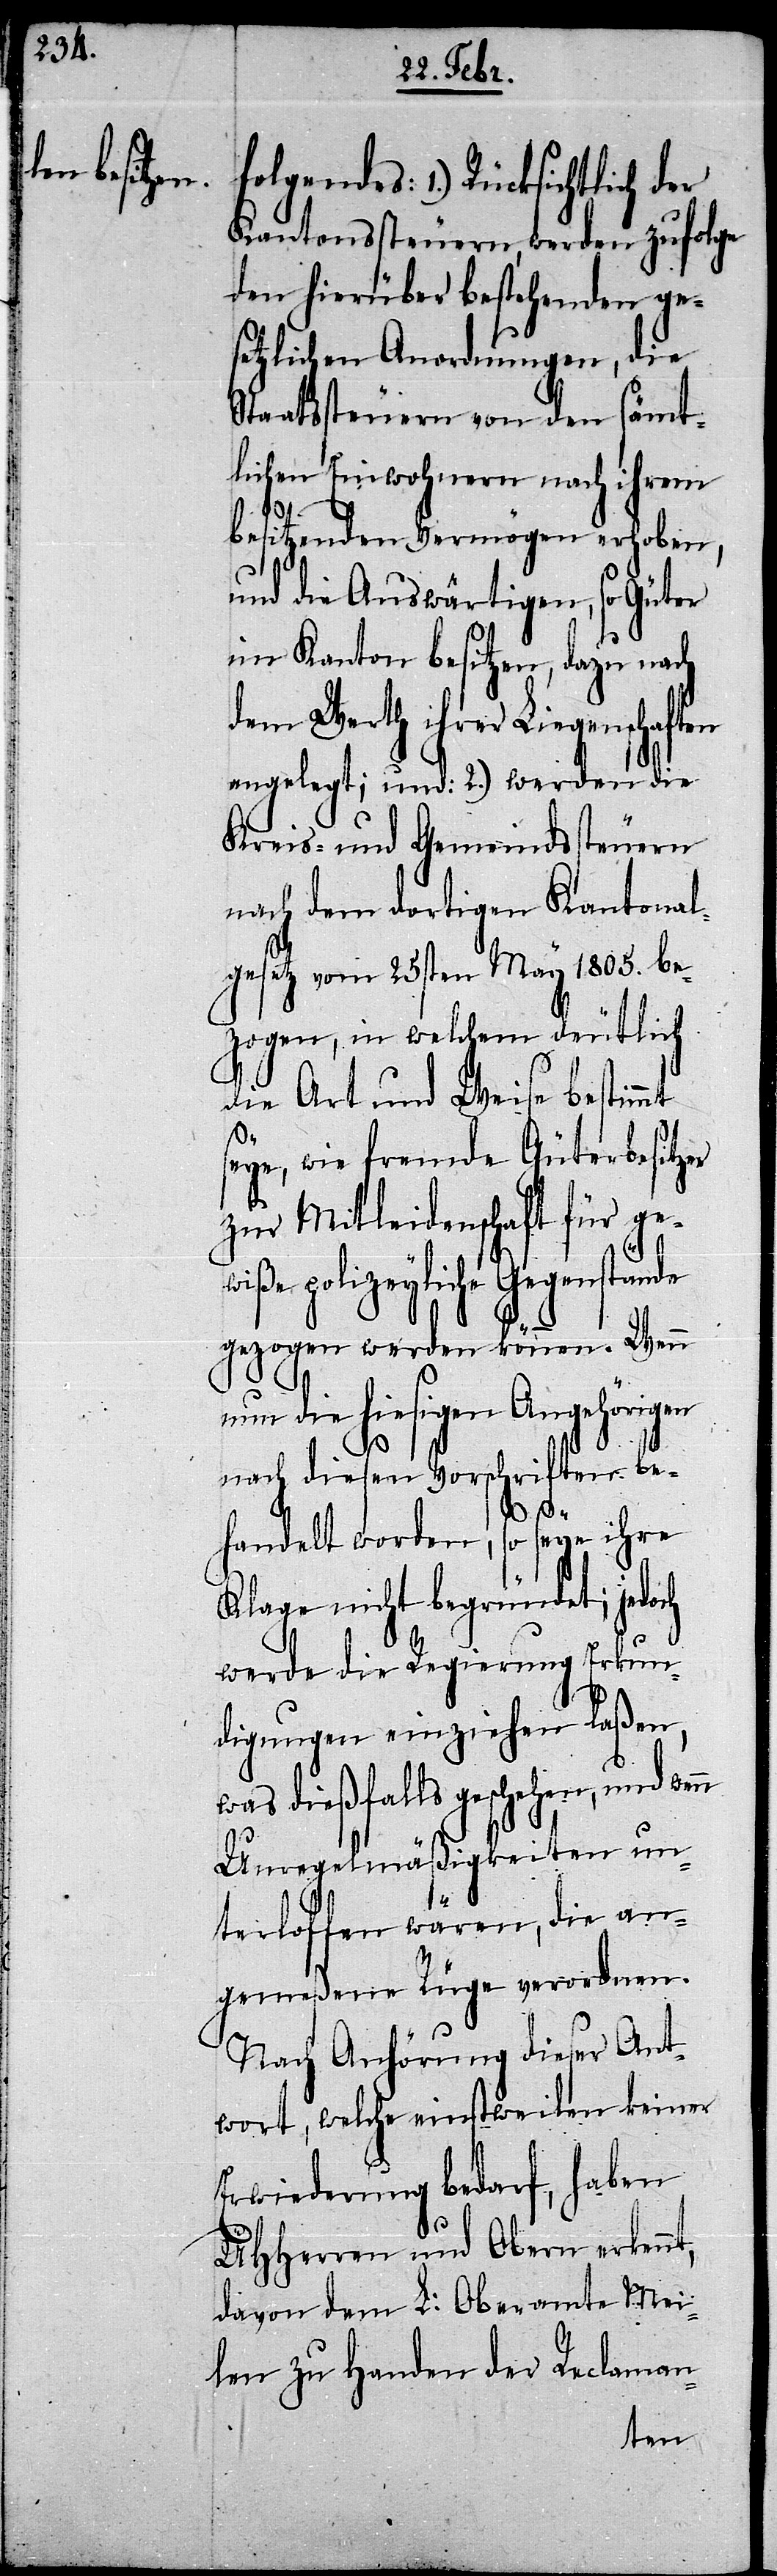
folgendes: 1.) Rücksichtlich der
Kantonssteuern, werden zufolge
den hierüber bestehenden ge¬
setzlichen Anordnungen, die
Staatssteuern von den sämt¬
lichen Einwohnern nach ihrem
besitzenden Vermögen erhoben,
und die Auswärtigen, so [sie]
im Kanton besitzen, dazu nach
dem Werth ihrer Liegenschaften
angelegt; und: 2.) werden die
Kreis- und Gemeindssteuern
nach dem dortigen Kantonal¬
gesetz vom 25sten May 1805. be¬
zogen, in welchem deutlich
die Art und Weise bestim¬
seye, wie fremde Güterbesitzer
zur Mitleidenschaft für ge¬
e polizeyliche Gegenstä¬
nde gezogen werden können. Wenn
nun die hiesigen Angehörigen
nach diesen Vorschriften be¬
wiß¬
handelt worden, so seye ihre
Klage nicht begründet; jedoch
werde die Regierung Erkun¬
digungen einziehen laßen,
was dießfalls geschehen, und wen¬
n Unregelmäßigkeiten un¬
terloffen wären, die an¬
gemeßene Rüge verordnen.
Nach Anhörung dieser Ant¬
wort, welche einstweilen keiner
Erwiederung bedarf, haben
UHHerren und Obern erkennt,
davon dem L: Oberamte Mei¬
len zu Handen der Reclaman-